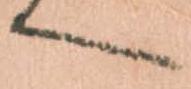
へ